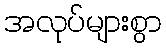
အလုပ်များစွာ